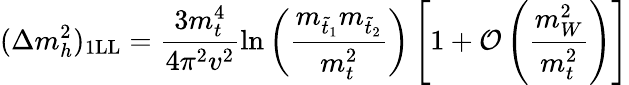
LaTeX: (\Delta m_{h}^{2})_{\mathrm{1LL}}=\frac{3m_{t}^{4}}{4\pi^{2}v^{2}}\ln\left(\frac{m_{{\tilde{t}}_{1}}m_{{\tilde{t}}_{2}}}{m_{t}^{2}}\right)\left[1+{\cal O}\left({\frac{m_{W}^{2}}{m_{t}^{2}}}\right)\right]